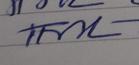
Signature authenticity: genuine